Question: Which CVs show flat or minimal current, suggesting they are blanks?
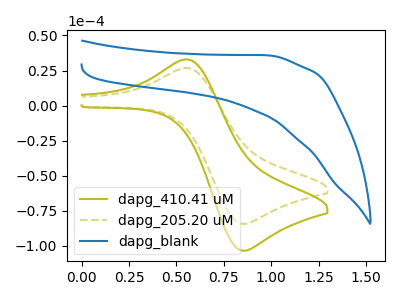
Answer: <think>The olive curve "dapg_410.41 uM" has an anodic peak at (0.55V, 32.80uA) and a cathodic peak at (0.85V, -103.40uA). The olive dashed curve "dapg_205.20 uM" has an anodic peak at (0.55V, 26.70uA) and a cathodic peak at (0.85V, -84.25uA). The blue curve "dapg_blank" has no peaks.</think>
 <answer>"dapg_blank" is likely to be a blank.</answer>
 <eval>dapg_blank</eval>